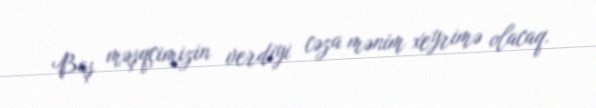
Baş məşqçimizin verdiyi cəza mənim xeyrimə olacaq.